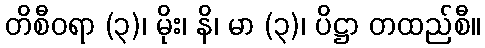
တိစီဝရာ (၃)၊ မိုး၊ နိ၊ မာ (၃)၊ ပိဋ္ဌာ တထည်စီ။